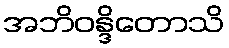
အဘိဝန္ဒိတောသိ